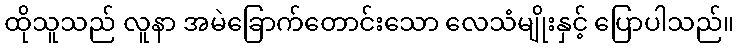
ထိုသူသည် လူနာ အမဲခြောက်တောင်းသော လေသံမျိုးနှင့် ပြောပါသည်။